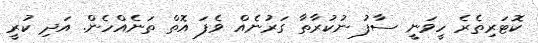
ކޮޓަރިތެރެ ހީވަނީ ސާފު ނުކުރާތާ ގަރުނެއް ވެފަ އޮތް ތަނެއްހެން. އަދި ކުރީ